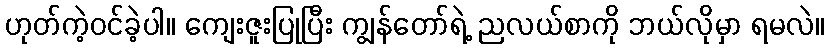
ဟုတ်ကဲ့ဝင်ခဲ့ပါ။ ကျေးဇူးပြုပြီး ကျွန်တော်ရဲ့ ညလယ်စာကို ဘယ်လိုမှာ ရမလဲ။